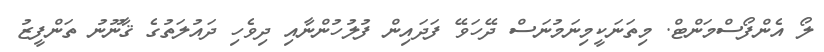
ލޯ އެންފޯސްމަންޓް. މިތަނަކީމިނަމުނަސް ދޭހަވޭ ފަދައިން ފުލުހުންނާއި ދިވެހި ދައުލަތުގެ ޤާނޫނު ތަންފީޒު